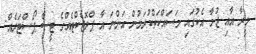
މީރާ އާއި ޖުމާ އެކުގައި މަސައްކަތްކުރަމުން އަންނަ އާ ޕްރޮޖެކްޓެއްގެ ޓީސާ ޕޯސްޓަރެއް: